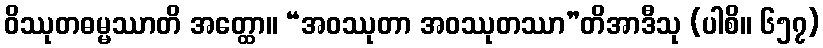
ဝိဿုတဓမ္မဿာတိ အတ္ထော။ “အဝဿုတာ အဝဿုတဿာ”တိအာဒီသု (ပါစိ။ ၆၅၇)